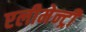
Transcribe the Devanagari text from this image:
एलीमेन्ट्री